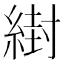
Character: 䋽